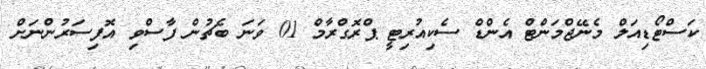
ކަސްޓޯޑިއަލް މެނޭޖްމަންޓް އެންޑް ސެކިއުރިޓީ ޕްރޮގްރާމް 01 ވަނަ ބެޗުން ފާސްވި އޮފިސަރުންނަށް